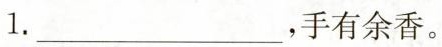
1.___，手有余香。